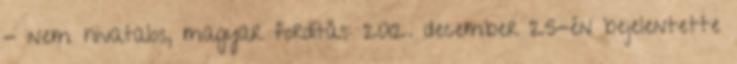
- nem hivatalos, magyar fordítás: 2012. december 25-én bejelentette